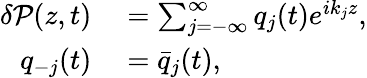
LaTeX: \begin{array}{rl}{\delta\mathcal{P}(z,t)}&{{}=\sum_{j=-\infty}^{\infty}q_{j}(t)e^{ik_{j}z},}\\ {q_{-j}(t)}&{{}=\bar{q}_{j}(t),}\end{array}